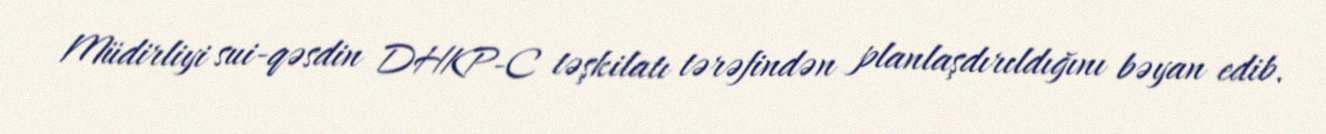
Müdirliyi sui-qəsdin DHKP-C təşkilatı tərəfindən planlaşdırıldığını bəyan edib.